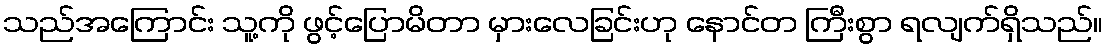
သည်အကြောင်း သူ့ကို ဖွင့်ပြောမိတာ မှားလေခြင်းဟု နောင်တ ကြီးစွာ ရလျက်ရှိသည်။